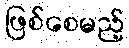
ဖြစ်စေမည့်